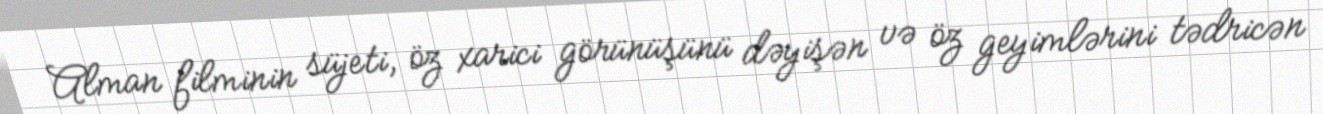
Alman filminin süjeti, öz xarici görünüşünü dəyişən və öz geyimlərini tədricən